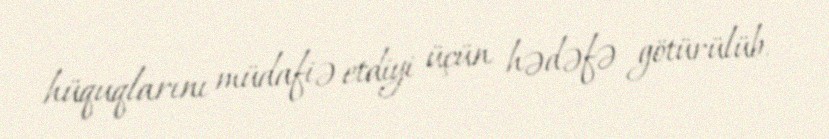
hüquqlarını müdafiə etdiyi üçün hədəfə götürülüb.